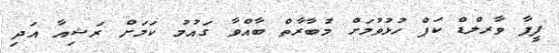
ފީފާ ވާރލްޑް ކަޕް ހުޅުވުމަށް މުބާރާތް ބާއްވާ ގައުމު ކަމަށް ރަޝިއާ އަދި